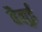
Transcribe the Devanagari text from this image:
वैलुई